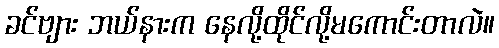
ခင်ဗျား ဘယ်နားက နေလို့ထိုင်လို့မကောင်းတာလဲ။